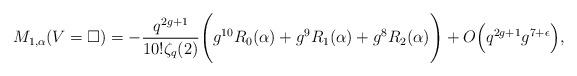
LaTeX: \begin{align*} M_{1,\alpha}(V= \square) = - \frac{q^{2g+1}}{10! \zeta_q(2)} \Bigg( g^{10} R_0(\alpha) + g^9 R_1(\alpha) +g^8 R_2(\alpha) \Bigg) + O\Big(q^{2g+1} g^{7+\epsilon}\Big), \end{align*}